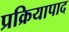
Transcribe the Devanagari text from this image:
प्रक्रियापाद